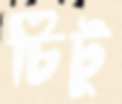
চিটু